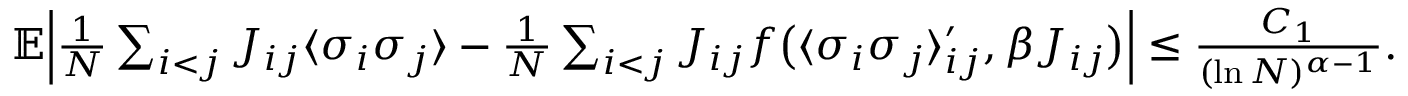
\begin{array} { r } { \mathbb E \Bigl | \frac { 1 } { N } \sum _ { i < j } J _ { i j } \langle \sigma _ { i } \sigma _ { j } \rangle - \frac { 1 } { N } \sum _ { i < j } J _ { i j } f \bigl ( \langle \sigma _ { i } \sigma _ { j } \rangle _ { i j } ^ { \prime } , \beta J _ { i j } \bigr ) \Bigr | \leq \frac { C _ { 1 } } { ( \ln N ) ^ { \alpha - 1 } } . } \end{array}